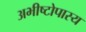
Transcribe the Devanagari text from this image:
अभीष्टोपास्य